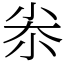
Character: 尜